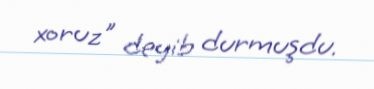
xoruz" deyib durmuşdu.